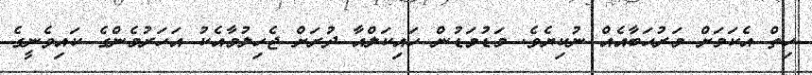
ހިތް އެކަމަށް މަރުޙަބާއެއް ނުކިޔެވެ. މަޑުމަޑުން ހައިކަލްއާ ދުރަށް ޖެހިލުމާއެކު އަހަރުމެންގެ ކައިވެނީގެ